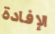
الإفادة